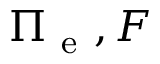
\Pi _ { \mathrm { ~ e ~ } } , F